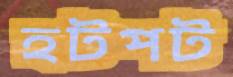
হটপট